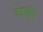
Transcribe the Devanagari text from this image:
नोप्फ्लर